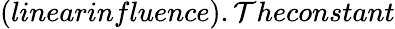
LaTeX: (linearinfluence).\mathcal{T}heconstant